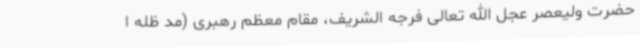
حضرت ولیعصر عجل الله تعالی فرجه الشریف، مقام معظم رهبری (مد ظله ا